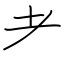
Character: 耂